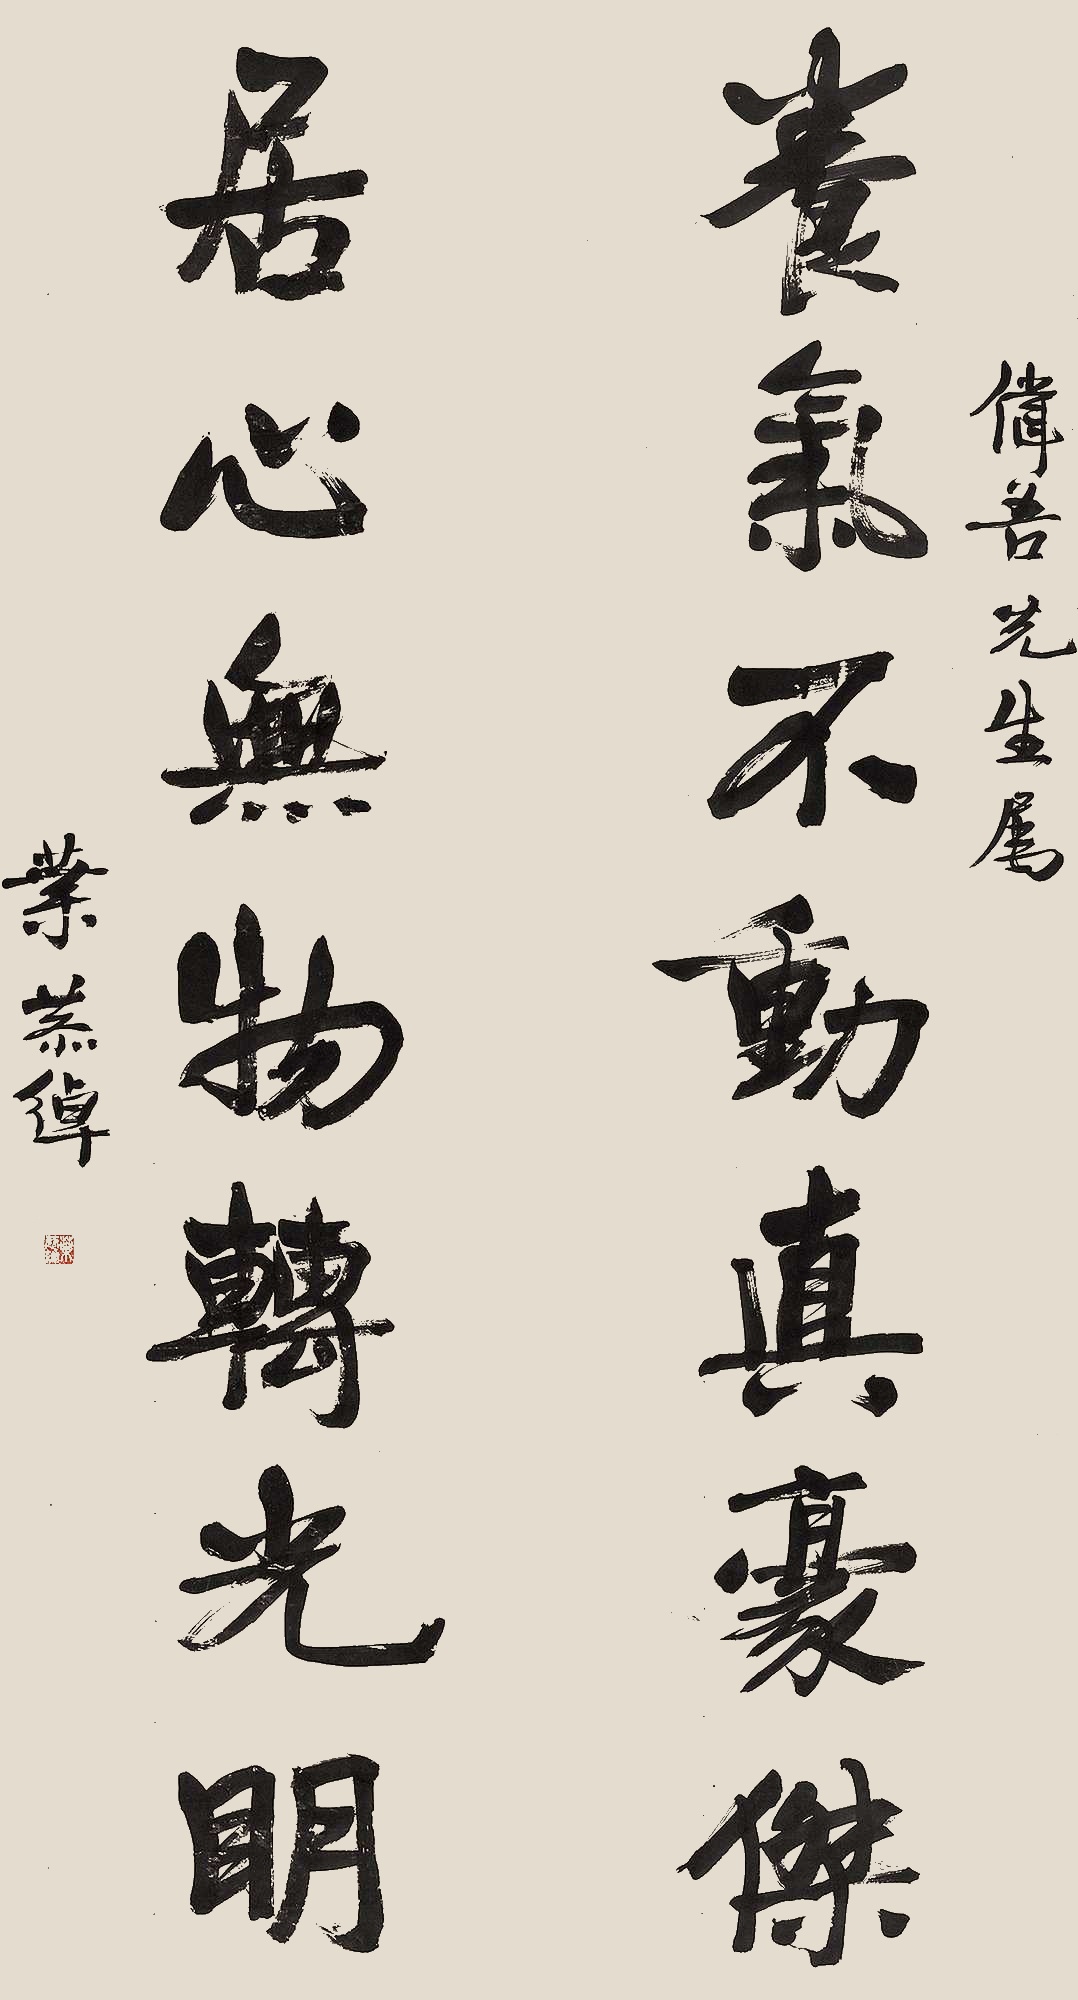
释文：养气不动真豪杰，居心无物转光明。伟吾先生属。叶恭绰。